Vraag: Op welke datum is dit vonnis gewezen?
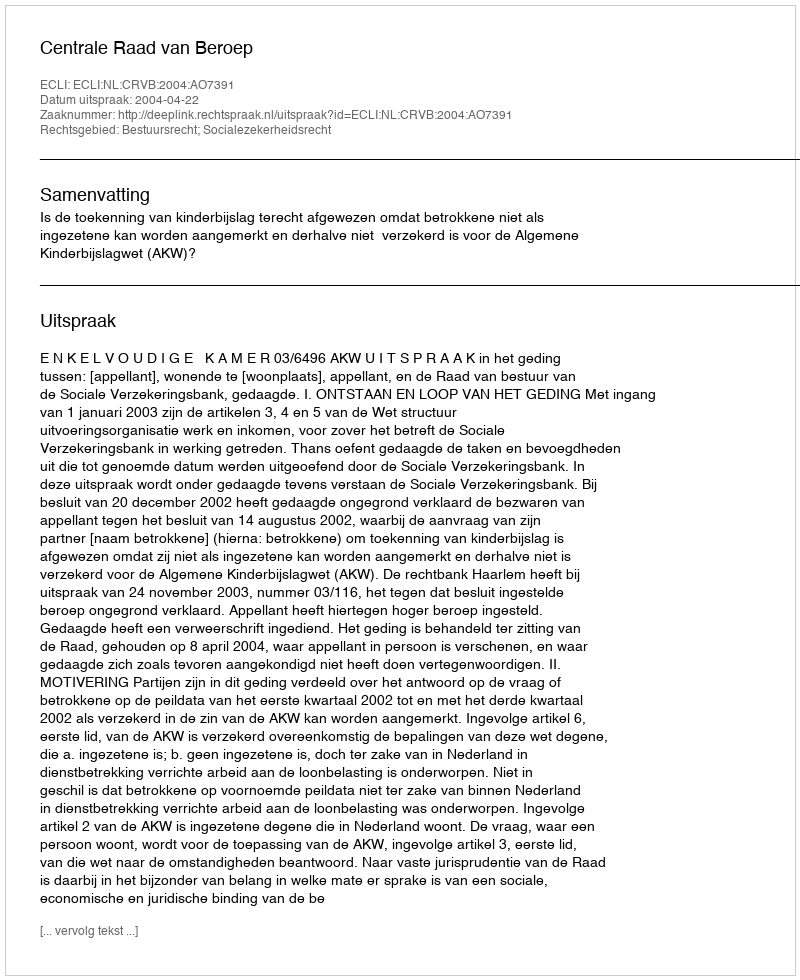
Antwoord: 2004-04-22